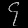
Digit: ၄